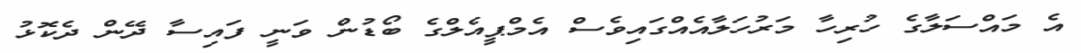
އެ މައްސަލާގެ ހުރިހާ މަރުހަލާއެއްގައިވެސް އެމްޕީއެލްގެ ބޯޑުން ވަނީ ފައިސާ ދޭން ދެކޮޅު